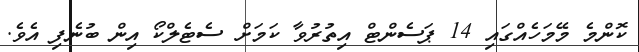
ކޮންމެ މޭމަހެއްގައި 14 ޕަސެންޓް އިތުރުވާ ކަމަށް ސެޓެލްކޯ އިން ބުނެފި އެވެ.